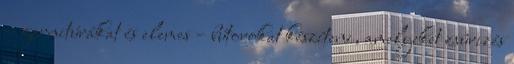
– garnitúrákat és elemes – bútorokat készíteni, amelyeket zsûrizés